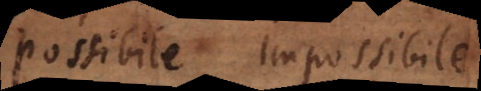
Possibile. Impossibile.